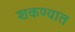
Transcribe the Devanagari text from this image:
शकण्यात